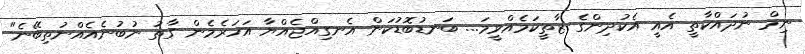
ނިމް ނުދައްކާތީ އެއީ އެކުދިންގެ ޒާތީކަމެއްވީމަ... ބަނޑުބޮޑުކަން އެނގިއްޖެއްޔާ އަހަރެމެން ގާތު ނުބުނެއެއްނުތިބޭނެ"